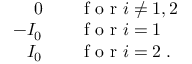
\begin{array} { r l } { 0 \quad } & { { } \mathrm { ~ f ~ o ~ r ~ } i \neq 1 , 2 } \\ { - I _ { 0 } \quad } & { { } \mathrm { ~ f ~ o ~ r ~ } i = 1 } \\ { I _ { 0 } \quad } & { { } \mathrm { ~ f ~ o ~ r ~ } i = 2 \; . } \end{array}